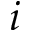
i